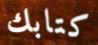
كتابك